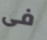
فى